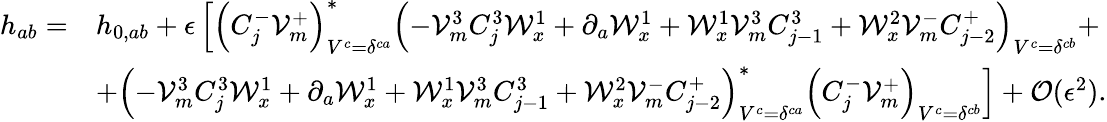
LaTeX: \begin{array}{rl}{h_{ab}=}&{h_{0,ab}+\epsilon\left[\left(C_{j}^{-}\mathcal{V}_{m}^{+}\right)_{V^{c}=\delta^{ca}}^{*}\left(-\mathcal{V}_{m}^{3}C_{j}^{3}\mathcal{W}_{x}^{1}+\partial_{a}\mathcal{W}_{x}^{1}+\mathcal{W}_{x}^{1}\mathcal{V}_{m}^{3}C_{j-1}^{3}+\mathcal{W}_{x}^{2}\mathcal{V}_{m}^{-}C_{j-2}^{+}\right)_{V^{c}=\delta^{cb}}+\right.}\\ &{\left.+\left(-\mathcal{V}_{m}^{3}C_{j}^{3}\mathcal{W}_{x}^{1}+\partial_{a}\mathcal{W}_{x}^{1}+\mathcal{W}_{x}^{1}\mathcal{V}_{m}^{3}C_{j-1}^{3}+\mathcal{W}_{x}^{2}\mathcal{V}_{m}^{-}C_{j-2}^{+}\right)_{V^{c}=\delta^{ca}}^{*}\left(C_{j}^{-}\mathcal{V}_{m}^{+}\right)_{V^{c}=\delta^{cb}}\right]+\mathcal{O}(\epsilon^{2}).}\end{array}